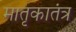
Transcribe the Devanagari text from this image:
मातृकातंत्र